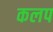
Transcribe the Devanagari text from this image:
कलप